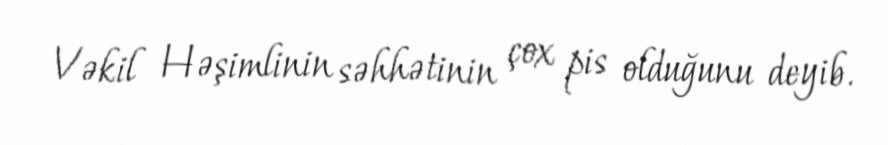
Vəkil Həşimlinin səhhətinin çox pis olduğunu deyib.